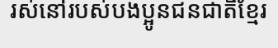
រស់នៅរបស់បងប្អូនជនជាតិខ្មែរ